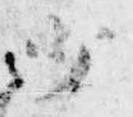
少